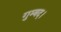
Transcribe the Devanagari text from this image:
गुम्बद।